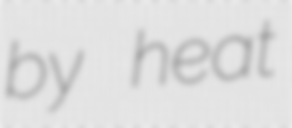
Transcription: by heat